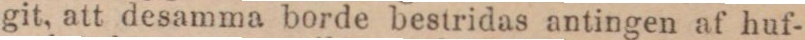
git, att desamma borde bestridas antingen af huf-